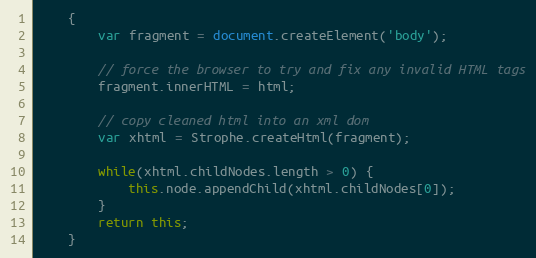
Language: JavaScript
    {
        var fragment = document.createElement('body');

        // force the browser to try and fix any invalid HTML tags
        fragment.innerHTML = html;

        // copy cleaned html into an xml dom
        var xhtml = Strophe.createHtml(fragment);

        while(xhtml.childNodes.length > 0) {
            this.node.appendChild(xhtml.childNodes[0]);
        }
        return this;
    }